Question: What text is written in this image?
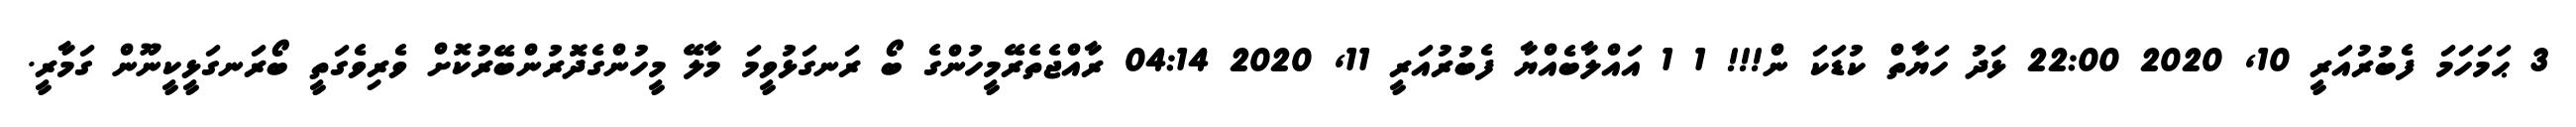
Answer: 3 ޙަމަހަމަ ފެބުރުއަރީ 10, 2020 22:00 ޅަދު ހަޔާތް ކުޑަކަ ން!!! 1 1 އައްލާބެއްޔާ ފެބުރުއަރީ 11, 2020 04:14 ރާއްޖެތެރޭމީހުންގެ ބޯ ރަނގަޅުވީމަ މާލޭ މީހުންގެދޮރުންބޭރުކޮށް ވެރިވެގަތީ ބޯރަނގަޅީކީނޫން ގަމާރީ.